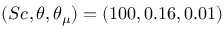
( S c , \theta , \theta _ { \mu } ) = ( 1 0 0 , 0 . 1 6 , 0 . 0 1 )